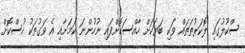
ސްކޫލުގައި ލޮކަރުތަތައް ވަކި ބަޔަކަށް ހާއްސަކޮށްފައި ނުހުންނަ ކަމަށާއި އެ ވަގުތަކު ހުސްކޮށް